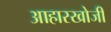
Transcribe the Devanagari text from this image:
आहारखोजी